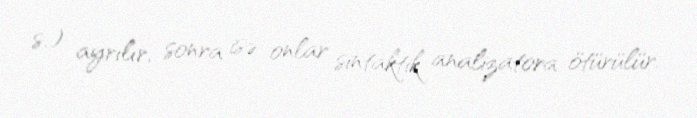
s.) ayrılır, sonra isə onlar sintaktik analizatora ötürülür.